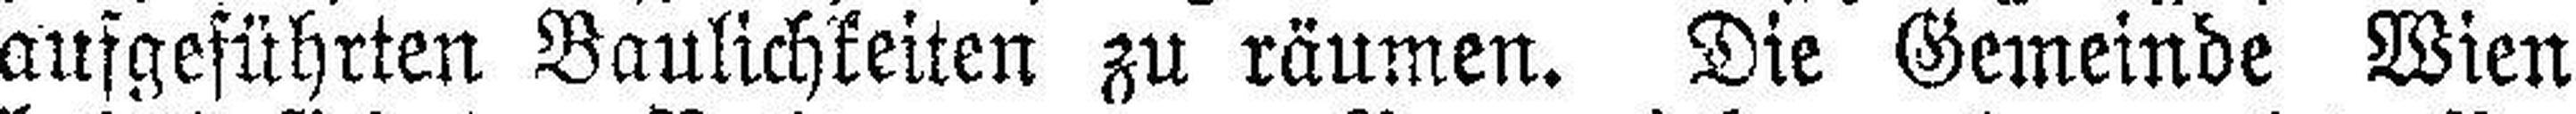
aufgeführten Baulichkeiten zu räumen. Die Gemeinde Wien